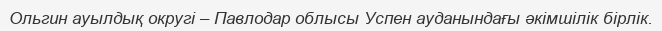
Ольгин ауылдық округі – Павлодар облысы Успен ауданындағы әкімшілік бірлік.